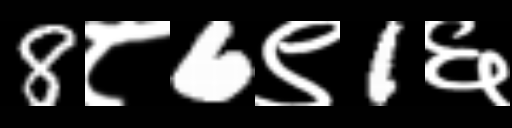
Text: 8८6९1६